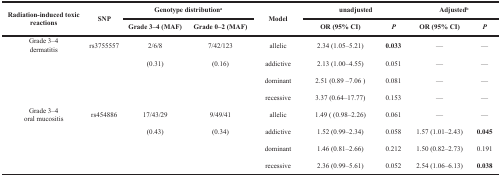
<table><thead><tr><td rowspan="2"><b>Radiation-induced toxic reactions</b></td><td rowspan="2"><b>SNP</b></td><td colspan="2"><b>Genotype distribution<sup>a</sup></b></td><td rowspan="2"><b>Model</b></td><td colspan="2"><b>unadjusted</b></td><td colspan="2"><b>Adjusted<sup>b</sup></b></td></tr><tr><td><b>Grade 3–4 (MAF)</b></td><td><b>Grade 0–2 (MAF)</b></td><td><b>OR (95% CI)</b></td><td><b><i>P</i></b></td><td><b>OR (95% CI)</b></td><td><b><i>P</i></b></td></tr></thead><tbody><tr><td>Grade 3–4 dermatitis</td><td>rs3755557</td><td>2/6/8</td><td>7/42/123</td><td>allelic</td><td>2.34 (1.05–5.21)</td><td><b>0.033</b></td><td>—</td><td>—</td></tr><tr><td></td><td></td><td>(0.31)</td><td>(0.16)</td><td>addictive</td><td>2.13 (1.00–4.55)</td><td>0.051</td><td>—</td><td>—</td></tr><tr><td></td><td></td><td></td><td></td><td>dominant</td><td>2.51 (0.89 –7.06)</td><td>0.081</td><td>—</td><td>—</td></tr><tr><td></td><td></td><td></td><td></td><td>recessive</td><td>3.37 (0.64–17.77)</td><td>0.153</td><td>—</td><td>—</td></tr><tr><td>Grade 3–4 oral mucositis</td><td>rs454886</td><td>17/43/29</td><td>9/49/41</td><td>allelic</td><td>1.49 ((0.98–2.26)</td><td>0.061</td><td>—</td><td>—</td></tr><tr><td></td><td></td><td>(0.43)</td><td>(0.34)</td><td>addictive</td><td>1.52 (0.99–2.34)</td><td>0.058</td><td>1.57 (1.01–2.43)</td><td><b>0.045</b></td></tr><tr><td></td><td></td><td></td><td></td><td>dominant</td><td>1.46 (0.81–2.66)</td><td>0.212</td><td>1.50 (0.82–2.73)</td><td>0.191</td></tr><tr><td></td><td></td><td></td><td></td><td>recessive</td><td>2.36 (0.99–5.61)</td><td>0.052</td><td>2.54 (1.06–6.13)</td><td><b>0.038</b></td></tr></tbody></table>